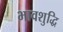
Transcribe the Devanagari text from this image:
भावशुद्धि